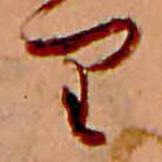
り